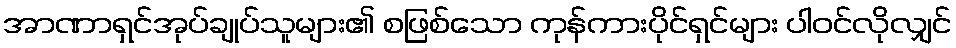
အာဏာရှင်အုပ်ချုပ်သူများ၏ စဖြစ်သော ကုန်ကားပိုင်ရှင်များ ပါဝင်လိုလျှင်